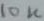
Text: 10K